Report on vaccination in Madras 1904-1921 - 1904-1921
Year: 1904
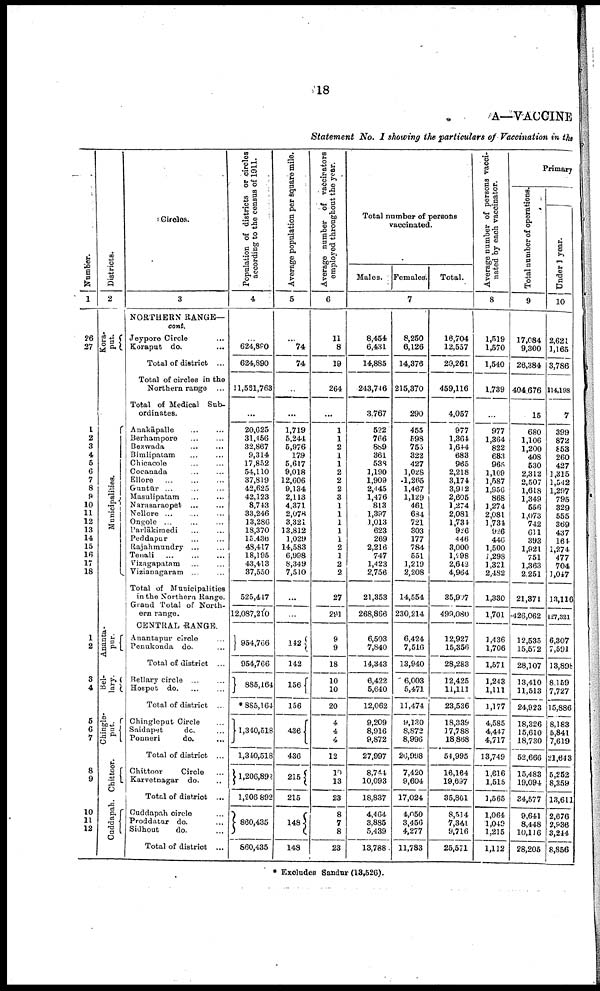
18
A—VACCINE
Statement No. I showing the particulars of Vaccination in the
Number.
1
26
27
1
2
3 4
5
6
7
8
9
10
11
12
13
14
15
16
17
18
1
2
3
4
5
6
7
8
9
10
11
12
Districts.
2
Kora-
put.
Municipalities.
Ananta-
pur.
Bel-
lary.
Chingle-
put.
Chittoor.
Cuddapah.
Circles.
3
NORTHERN RANGE—
cont.
Jeypore Circle ...
Koraput do. ...
Total of district ...
Total of circles in the
Northern range ...
Total of Medical Sub
ordinates.
Anakāpalle ... ...
Berhampore ... ...
Bezwada ... ...
Bimlipatam ... ...
Chicacole ... ...
Cocanada
...
...
Ellore
...
...
...
Guntūr ... ... ...
Masulipatam ... ...
Narasaraopet ... ...
Nellore ... ... ...
Ongole ... ... ...
Parlākimedi ... ...
Peddapur ... ...
Rajahmundry ... ...
Tenali
...
...
...
Vizagapatam ... ...
Vizianagaram ... ...
Total of Municipalities
in the Northern Range.
Grand Total of North
ern range.
CENTRAL RANGE.
Anantapur circle ...
Penukonda do. ...
Total of district ...
Bellary circle ... ...
Hospet d
o
. ... ...
Total of district ...
Chingleput Circle ...
Saidapet
do. ...
Ponneri
do. ...
Total of district ...
Chittoor
Circle ...
Karvetnagar do. ...
Total of district ...
Cuddapah circle ...
Proddatur do. ...
Sidhout
do. ...
Total of district ...
Population of districts or circles
according to the census of 1911.
4
...
624,890
624,890
11,561,763
...
20,625
31,456
32,867
9,314
17,852
54,110
37,819
42,625
42,123
8,743
33,246
13,286
18,370
15,436
48,417
18,195
43,413
37,550
525,447
12,087,210
954,766
954,766
885,164
*885,164
1,340,518
1,340,518
1,206,892
1,206,892
860,435
860,435
Average population per square mile.
5
...
74
74
...
1,719
5,244
5,976
179
5,617
9,018
12,606
9,134
2,113
4,371
2,078
3,321
13,812
1,029
14,583
6,998
8,349
7,510
...
142
142
156
156
436
436
215
215
148
148
Average number of vaccinators
employed throughout the year.
6
11
8
19
264
...
1
1
2
1
1
2
2
2
3
1
1
1
1
1
2
1
2
2
27
291
9
9
18
10
10
20
4
4
4
12
10
13
23
8
7
8
23
Total number of persons
vaccinated.
Males. Females.
Total.
7
8,454
6,431
14,885
243,746
3,767
522
766
889
361
538
1,190
1,909
2,445
1,476
813
1,397
1,013
623
269
2,216
747
1,423
2,756
21,353
268,866
6,503
7,840
14,343
6,422
5,640
12,062
9,209
8,916
9,872
27,997
8,744
10,093
18,837
4,464
3,885
5,439
13,788
8,250
6,126
14,376
215,370
290
455
598
755
322
427
1,028
1,265
1,467
1,129
461
684
721
303
177
784
551
1,219
2,208
14,554
230,214
6,424
7,516
13,940
6,003
5,471
11,474
9,130
8,872
8,996
26,998
7,420
9,604
17,024
4,050
3,456
4,277
11,783
16,704
12,557
29,261
459,116
4,057
977
1,364
1,644
683
965
2,218
3,174
3,912
2,605
1,274
2,081
1,734
926
446
3,000
1,298
2,642
4,964
35,907
499,080
12,927
15,356
28,283
12,425
11,111
23,536
18,339
17,788
18,868
54,995
16,164
19,697
35,861
8,514
7,341
9,716
25,571
Average number of persons vacci
nated by each vaccinator.
8
1,519
1,570
1,540
1,739
...
977
1,364
822
683
965
1,109
1,587
1,956
868
1,274
2,081
1,734
926
446
1,500
1,298
1,321
2,482
1,330
1,701
1,436
1,706
1,571
1,243
1,111
1,177
4,585
4,447
4,717
13,749
1,616
1,515
1,565
1,064
1,049
1,215
1,112
Primary
Total number of operations.
9
17,084
9,300
26,384
404,676
15
680
1,106
1,200
408
530
2,312
2,507
1,618
1,349
556
1,073
742
611
393
1,921
751
1,363
2,251
21,371
426,062
12,535
15,572
28,107
13,410
11,513
24,923
18,326
15,610
18,730
52,666
15,483
19,094
34,577
9,641
8,448
10,116
28,205
Under I year.
10
2,621
1,165
3,786
114,198
7
399
872
853
260
427
1,315
1,542
1,297
795
329
555
369
437
164
1,274
477
704
1,047
13,116
127,321
6,307
7,591
13,898
8,159
7,727
15,886
8,183
5,841
7,619
21,643
5,252
8,359
13,611
2,676
2,936
3,244
8,856
* Excludes Sandur (13,526).